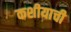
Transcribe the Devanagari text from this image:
कशीयाची